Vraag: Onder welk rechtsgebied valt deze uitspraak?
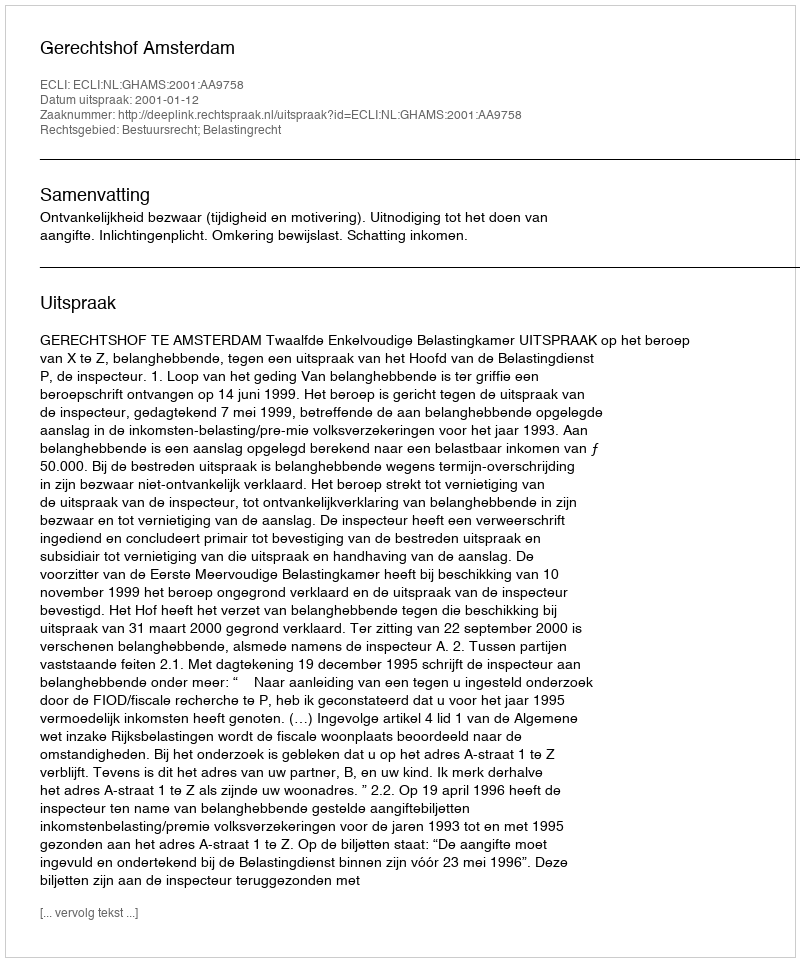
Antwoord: Bestuursrecht; Belastingrecht